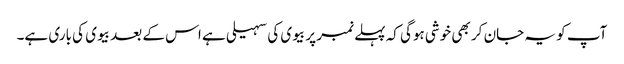
آپ کو یہ جان کر بھی خوشی ہوگی کہ پہلے نمبر پر بیوی کی سہیلی ہے اس کے بعد بیوی کی باری ہے۔